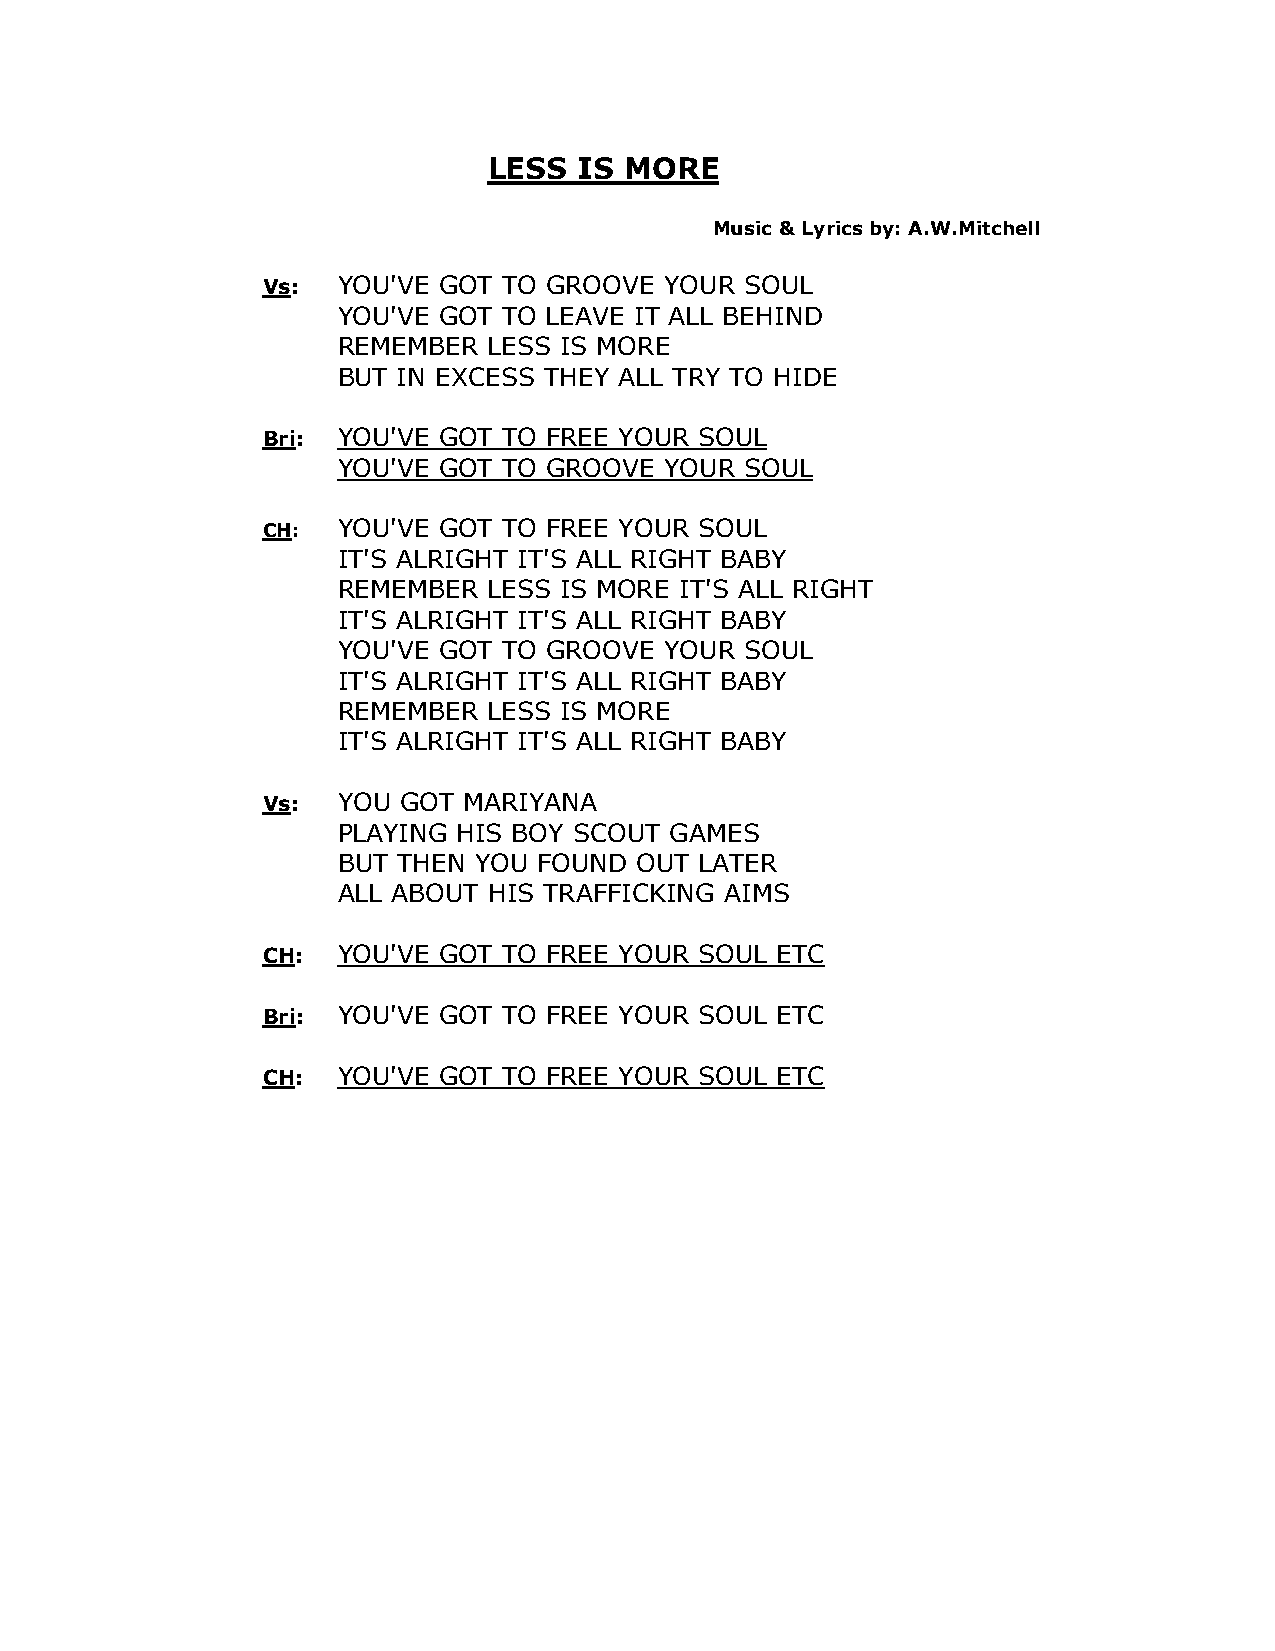
LESS  IS MORE
 Music & Lyrics by: A.W.Mitchell
 Vs:  YOU'VE GOT TO GROOVE  YOUR SOUL
 YOU'VE GOT TO LEAVE IT ALL BEHIND
 REMEMBER  LESS IS MORE
 BUT IN EXCESS THEY ALL TRY TO HIDE
 Bri: YOU'VE GOT TO FREE YOUR SOUL
 YOU'VE GOT TO GROOVE  YOUR SOUL
 CH:  YOU'VE GOT TO FREE YOUR SOUL
 IT'S ALRIGHT IT'S ALL RIGHT BABY
 REMEMBER  LESS IS MORE IT'S ALL RIGHT
 IT'S ALRIGHT IT'S ALL RIGHT BABY
 YOU'VE GOT TO GROOVE  YOUR SOUL
 IT'S ALRIGHT IT'S ALL RIGHT BABY
 REMEMBER  LESS IS MORE
 IT'S ALRIGHT IT'S ALL RIGHT BABY
 Vs:  YOU GOT  MARIYANA
 PLAYING HIS BOY SCOUT GAMES
 BUT THEN YOU  FOUND OUT LATER
 ALL ABOUT HIS TRAFFICKING AIMS
 CH:  YOU'VE GOT TO FREE YOUR SOUL ETC
 Bri: YOU'VE GOT TO FREE YOUR SOUL ETC
 CH:  YOU'VE GOT TO FREE YOUR SOUL ETC